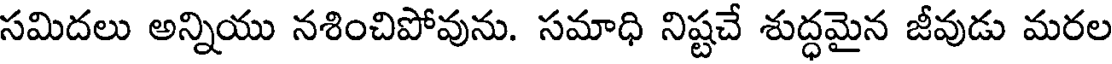
సమిదలు అన్నియు నశించిపోవును. సమాధి నిష్టచే శుద్ధమైన జీవుడు మరల